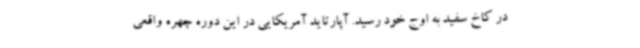
در کاخ سفید به اوج خود رسید. آپارتاید آمریکایی در این دوره چهره واقعی